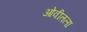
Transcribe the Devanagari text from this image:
ओवीतला